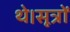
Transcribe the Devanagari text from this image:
थे।सूत्रों